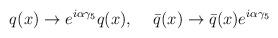
LaTeX: \begin{align*}q(x) \rightarrow e^{i\alpha\gamma_{5}} q(x), \hspace{.5cm}\bar{q}(x) \rightarrow \bar{q}(x) e^{i\alpha\gamma_{5}}\end{align*}